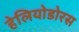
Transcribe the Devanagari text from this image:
हेलियोडोरस